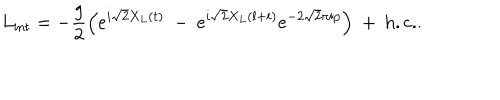
L _ { \mathrm { i n t } } = - { \frac { g } { 2 } } \Bigl ( e ^ { i \sqrt { 2 } X _ { L } ( t ) } \ - \ e ^ { i \sqrt { 2 } X _ { L } ( l + t ) } e ^ { - 2 \sqrt { 2 } \pi i p } \Bigr ) \ + \ \mathrm { h . c . } .